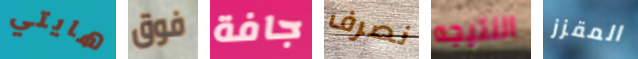
هايتي فوق جافة نصرف النتيجه المقزز